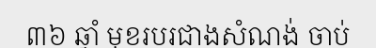
៣៦ ឆ្នាំ មុខរបរជាងសំណង់ ចាប់